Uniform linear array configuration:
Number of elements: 64
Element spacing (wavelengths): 1
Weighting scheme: kaiser
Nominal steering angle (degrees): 30
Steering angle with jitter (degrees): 30.772
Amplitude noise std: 0.05
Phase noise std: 0.05

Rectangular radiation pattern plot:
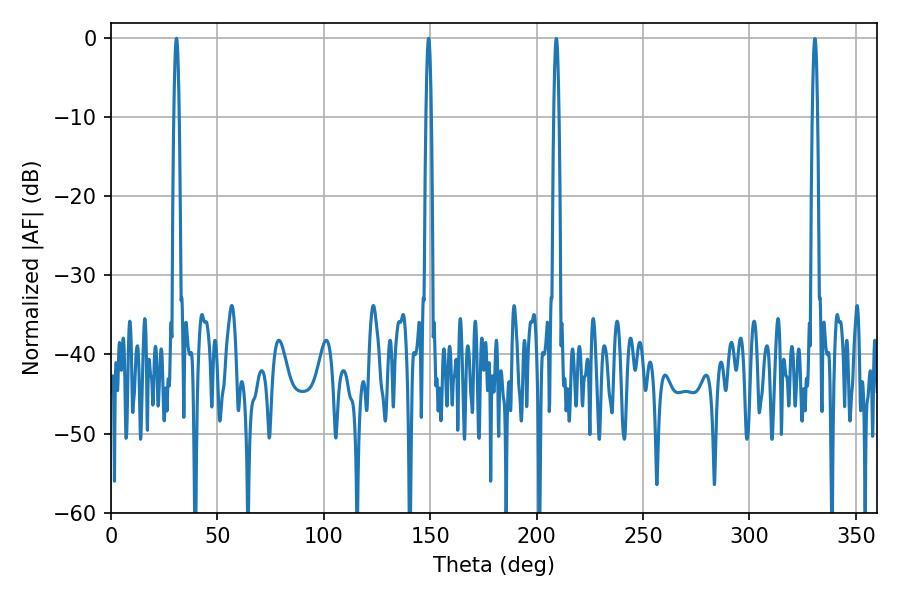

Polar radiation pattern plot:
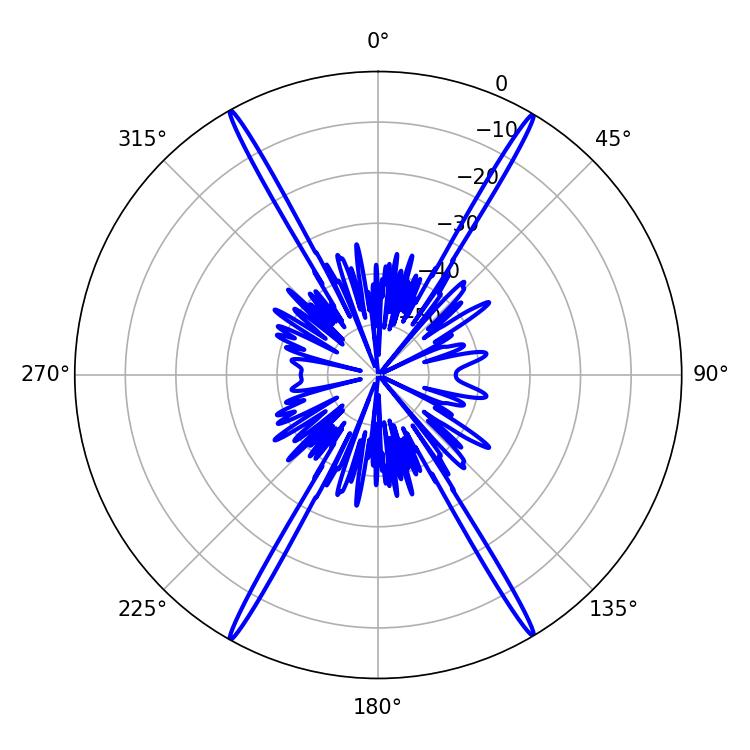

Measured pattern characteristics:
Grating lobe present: TRUE
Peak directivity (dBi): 30.804
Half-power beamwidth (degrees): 1.44
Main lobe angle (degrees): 30.78